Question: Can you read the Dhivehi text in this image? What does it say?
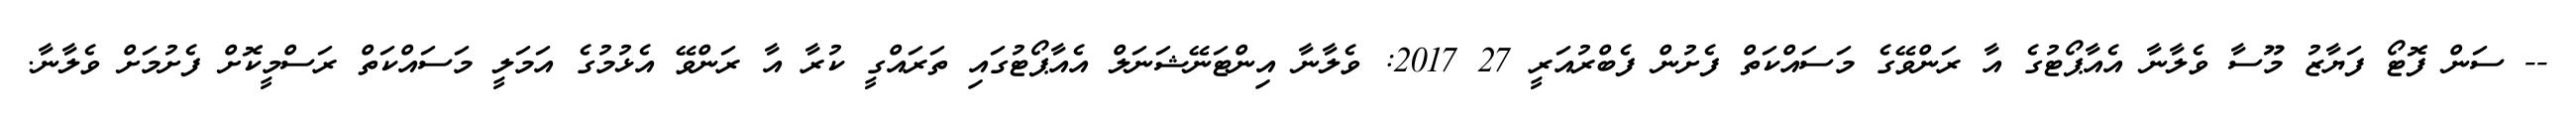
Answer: -- ސަން ފޮޓޯ ފަޔާޒު މޫސާ ވެލާނާ އެއާޕޯޓުގެ އާ ރަންވޭގެ މަސައްކަތް ފެށުން ފެބްރުއަރީ 27 2017: ވެލާނާ އިންޓަނޭޝަނަލް އެއާޕޯޓުގައި ތަރައްގީ ކުރާ އާ ރަންވޭ އެޅުމުގެ އަމަލީ މަސައްކަތް ރަސްމީކޮށް ފެށުމަށް ވެލާނާ.